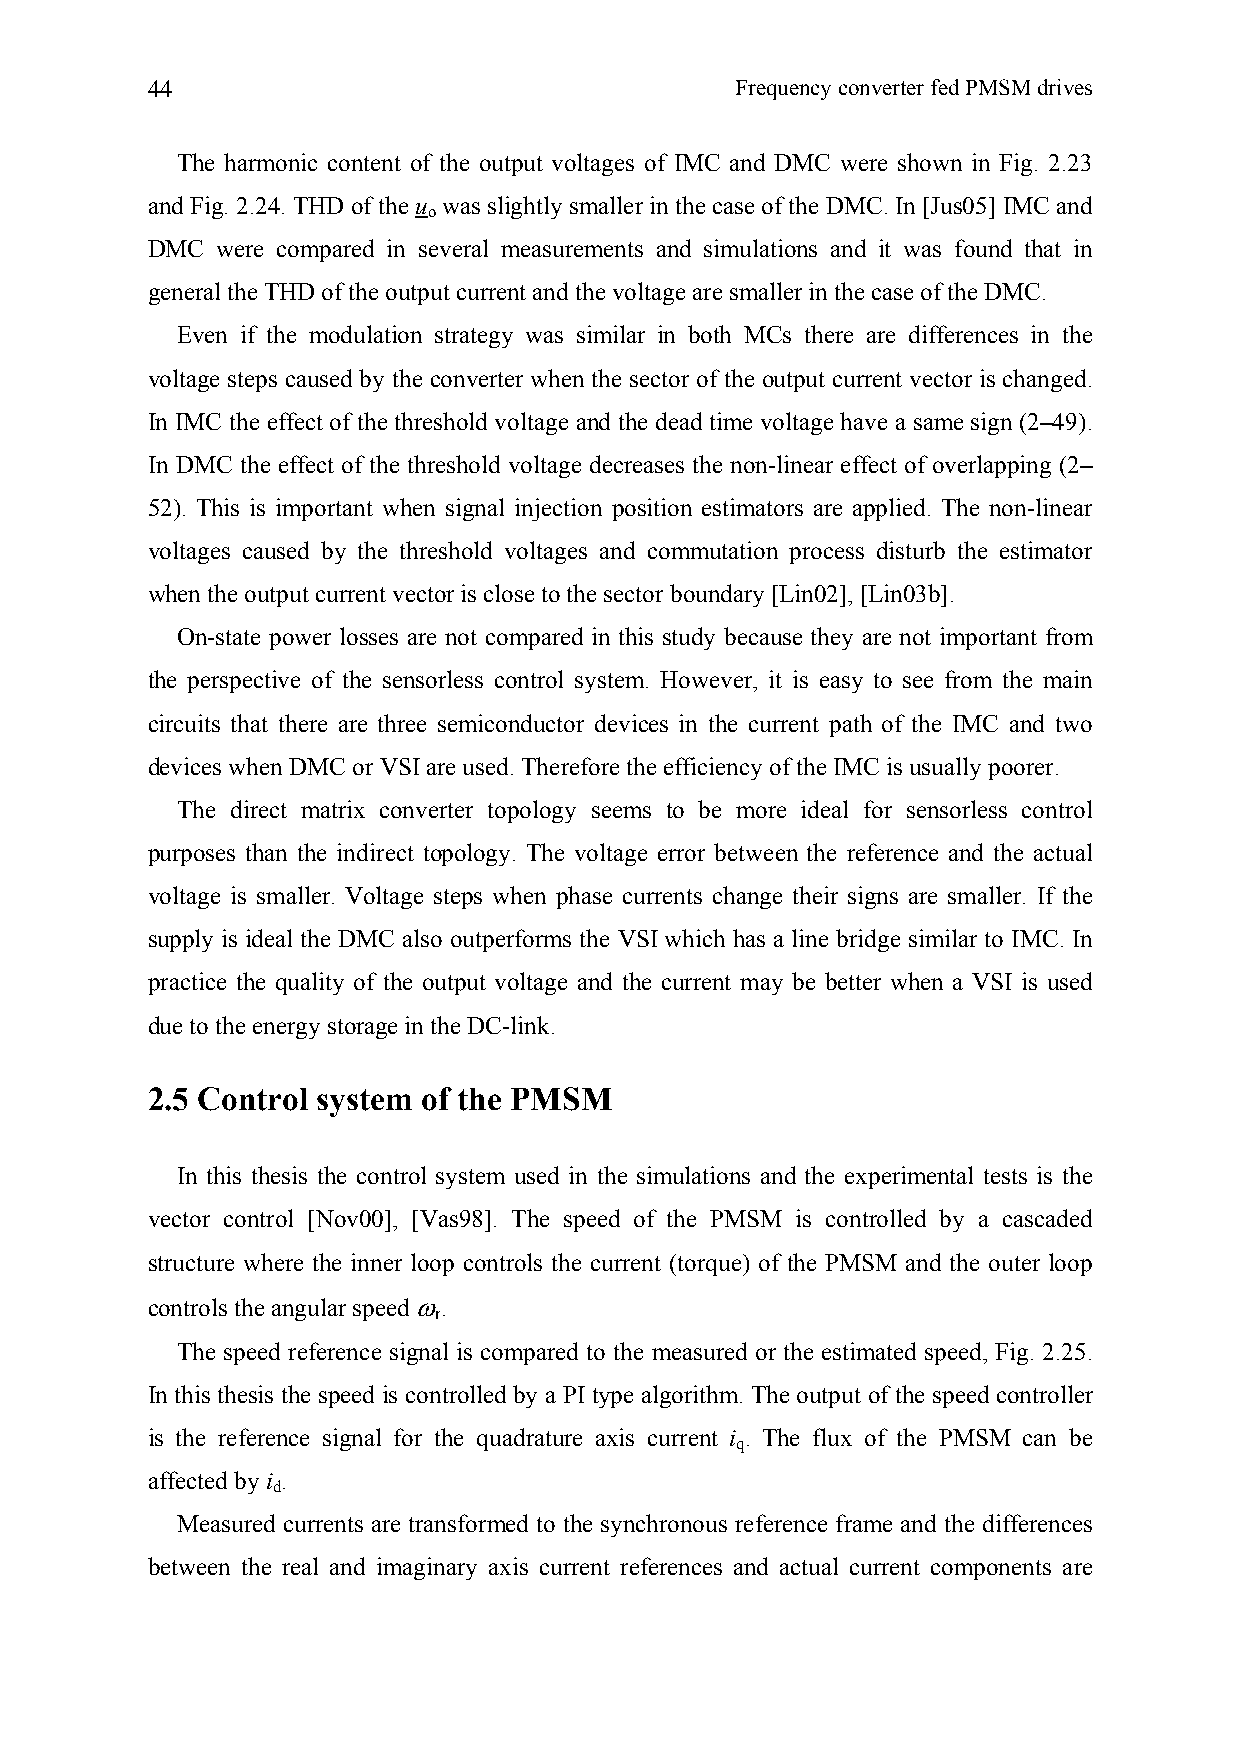
44                                     Frequency converter fed PMSM drives
 The harmonic content of the output voltages of IMC and DMC were shown in Fig. 2.23
 and Fig. 2.24. THD of the u was slightly smaller in the case of the DMC. In [Jus05] IMC and
 o
 DMC were compared in several measurements and simulations and it was found that in
 general the THD of the output current and the voltage are smaller in the case of the DMC.
 Even if the modulation strategy was similar in both MCs there are differences in the
 voltage steps caused by the converter when the sector of the output current vector is changed.
 In IMC the effect of the threshold voltage and the dead time voltage have a same sign (2–49).
 In DMC the effect of the threshold voltage decreases the non-linear effect of overlapping (2–
 52). This is important when signal injection position estimators are applied. The non-linear
 voltages caused by the threshold voltages and commutation process disturb the estimator
 when the output current vector is close to the sector boundary [Lin02], [Lin03b].
 On-state power losses are not compared in this study because they are not important from
 the perspective of the sensorless control system. However, it is easy to see from the main
 circuits that there are three semiconductor devices in the current path of the IMC and two
 devices when DMC or VSI are used. Therefore the efficiency of the IMC is usually poorer.
 The direct matrix converter topology seems to be more ideal for sensorless control
 purposes than the indirect topology. The voltage error between the reference and the actual
 voltage is smaller. Voltage steps when phase currents change their signs are smaller. If the
 supply is ideal the DMC also outperforms the VSI which has a line bridge similar to IMC. In
 practice the quality of the output voltage and the current may be better when a VSI is used
 due to the energy storage in the DC-link.
 2.5 Control system of the PMSM
 In this thesis the control system used in the simulations and the experimental tests is the
 vector control [Nov00], [Vas98]. The speed of the PMSM is controlled by a cascaded
 structure where the inner loop controls the current (torque) of the PMSM and the outer loop
 controls the angular speed ω.
 r
 The speed reference signal is compared to the measured or the estimated speed, Fig. 2.25.
 In this thesis the speed is controlled by a PI type algorithm. The output of the speed controller
 is the reference signal for the quadrature axis current i . The flux of the PMSM can be
 q
 affected by i .
 d
 Measured currents are transformed to the synchronous reference frame and the differences
 between the real and imaginary axis current references and actual current components are